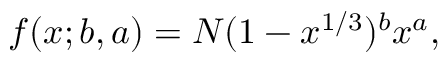
f ( x ; b , a ) = N ( 1 - x ^ { 1 / 3 } ) ^ { b } x ^ { a } ,